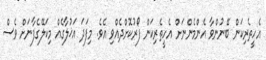
އެހީތެރިކަން ބޭނުންވާ އެންމެންނަށް އެހީތެރިކަން ފޯރުކޮށްދެއްވި އެވެ. މިފަދަ އަޚުލާގެއް މިކަލޭގެފާނަށް ވެސް